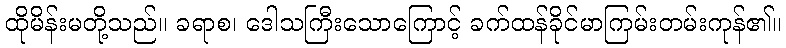
ထိုမိန်းမတို့သည်။ ခရာစ၊ ဒေါသကြီးသောကြောင့် ခက်ထန်ခိုင်မာကြမ်းတမ်းကုန်၏။